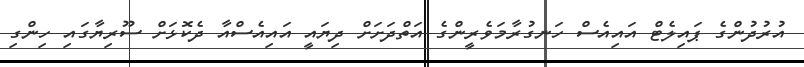
އުރުދުންގެ ޕައިލެޓް އައިއެސް ހަނގުރާމަވެރީންގެ އަތްދަށަށް ދިޔައީ އައިއެސްއާ ދެކޮޅަށް ސޫރިޔާގައި ހިންގި